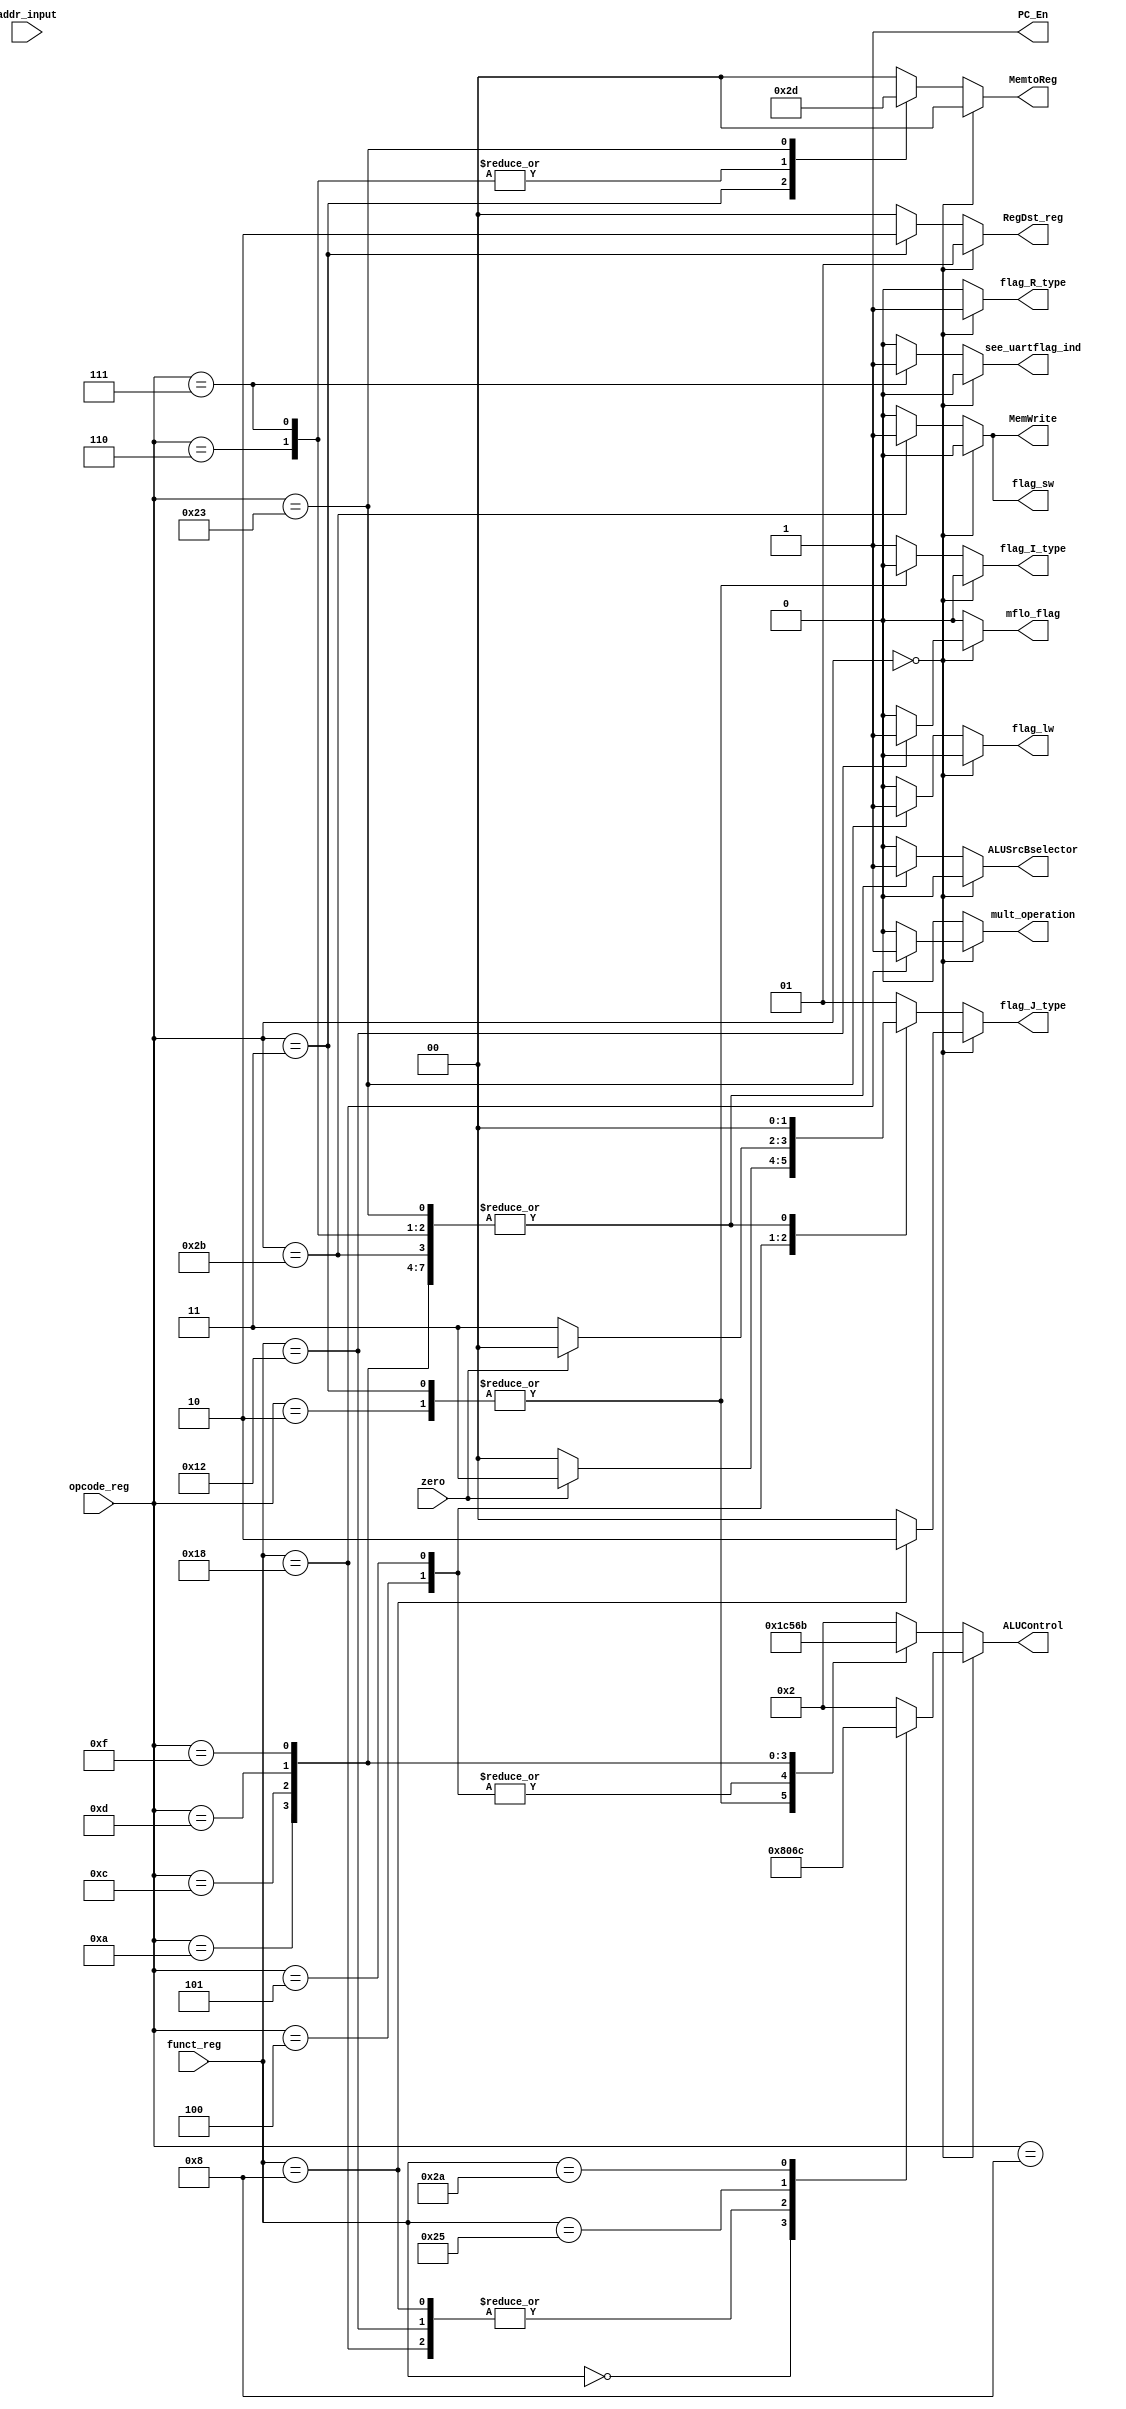
module decode_instruction
(
	/* input */
	input [5:0] opcode_reg,
	input [5:0] funct_reg,
	input [7:0] addr_input,
	input zero,
	/* output */
	output [1:0] RegDst_reg,	//1: R type, 0: I type
	output [3:0]ALUControl,
	output flag_sw,
	output flag_lw,
	output flag_R_type,				//R type =1
	output flag_I_type,				//I type =1
	output [1:0]flag_J_type,				//J type =1
	output ALUSrcBselector,		//allows to select the operand for getting srcB number
	output mult_operation,			//indicates if the multiplication operation was selected
	output mflo_flag,				//indicates mflo is requested
	output [1:0] MemtoReg,			//to select the source of the WriteData for Register file	
	output see_uartflag_ind,					//indicator to select Rx flag or Tx flag for the register file
	output MemWrite,
	/* output RegWrite, */
	output PC_En
	)				//to control the source data for srcA
;

reg ALUSrcBselector_reg;
reg mult_operation_reg;
reg mflo_flag_reg;
reg [1:0] destination_reg_indicator; 		//1: R type (rd), 0: I type (rt)
reg [3:0]ALUControl_reg;
reg flag_sw_reg;
reg flag_lw_reg;
reg flag_R_type_reg;
reg flag_I_type_reg;
reg [1:0]flag_J_type_reg;
reg MemWrite_reg;
/* reg RegWrite_reg; */
reg [1:0] writedata_indicator_reg;
reg see_uartflag_ind_reg;
/* reg PCWrite_reg; */
/* reg Branch_reg; */
/* reg selectPC_reg; */

/* wire Branch; */
/* wire PCWrite; */
//####################     Assignations   #######################

/* assign PCWrite = PCWrite_reg; */
/* assign Branch = Branch_reg;*/
assign RegDst_reg= destination_reg_indicator ;
assign ALUControl =ALUControl_reg;
assign flag_sw = flag_sw_reg ;
assign flag_lw = flag_lw_reg;
assign flag_R_type = flag_R_type_reg;
assign flag_I_type = flag_I_type_reg;
assign flag_J_type = flag_J_type_reg;
assign ALUSrcBselector= ALUSrcBselector_reg;
assign mult_operation = mult_operation_reg;
assign mflo_flag = mflo_flag_reg;
assign MemtoReg = writedata_indicator_reg;
assign see_uartflag_ind = see_uartflag_ind_reg;
/* assign selectPC_out = selectPC_reg; */
//assign selectPC_out = (addr_input ==7'd0 ) ? (1'b0) : (1'b1) ;
assign MemWrite = MemWrite_reg;		/* Signal to write to RAM memory */
//assign RegWrite = 1;			/* @TODO: Check if always activate the writing is ok*/
assign PC_En  = 1 ;    /* Signal for Program counter enable register */


always @(opcode_reg,funct_reg,zero) begin	

//Starts decoding 
	if(opcode_reg==6'd0)begin //is an R type instruction, destination_reg_indicator=1
		
		flag_R_type_reg = 1;	//Indicate that a R type instruction was detected
		flag_I_type_reg = 0;	//Not an I type instruction
		
		flag_lw_reg		=1'd0;
		writedata_indicator_reg = 2'd0;		//useful to save ALUout result into the register file
		see_uartflag_ind_reg = 0;			//select Rx flag

		flag_sw_reg		=1'b0;
		
		

		case(funct_reg)
			6'h0:  //sll
			begin
				destination_reg_indicator=1;	//destination will be rd
				ALUControl_reg<=4'd8;			//operation Shift to left				
				ALUSrcBselector_reg=1'd0;		//select RD2
				mult_operation_reg =0;			//indicates no mult operation
				mflo_flag_reg		<=0;			//mflo operation not selected;
				flag_J_type_reg = 0;	//Not a J type instruction
				MemWrite_reg    =0; /* not relevant */
			end
			6'h8: //jump register (jr)
			begin
				destination_reg_indicator=1;	//destination will be rd
				ALUControl_reg<=4'd0;			//operation to be defined
				ALUSrcBselector_reg=1'd0;		//select RD2
				mult_operation_reg =0;			//indicates no mult operation
				mflo_flag_reg		<=0;			//mflo operation not selected;
				flag_J_type_reg = 2;			// jr type instruction,send 2 to mux 4_1
				MemWrite_reg    =0; /* not relevant */
			end
			6'h12: //mflo
			begin
				destination_reg_indicator=1;	//destination will be rd
				ALUControl_reg		<=4'd0;			//operation multiplication
				ALUSrcBselector_reg	<=1'd0;			//select RD2
				mult_operation_reg 	<=0;			//indicates no mult operation
				mflo_flag_reg		<=1;			//mflo operation selected;
				flag_J_type_reg = 0;	//Not a J type instruction
				MemWrite_reg    =0; /* not relevant */
			end
			6'h18: //mult
			begin
				destination_reg_indicator=1;	//destination will be rd
				ALUControl_reg<=4'd0;			//operation multiplication
				ALUSrcBselector_reg=1'd0;		//select RD2
				mult_operation_reg =1;			//indicates mult operation
				mflo_flag_reg		<=0;			//mflo operation not selected;
				flag_J_type_reg = 0;	//Not a J type instruction
				MemWrite_reg    =0; /* not relevant */
			end
			6'h20: //add
			begin
				destination_reg_indicator=1;	//destination will be rd
				ALUControl_reg<=4'd2;			//operation OR				
				ALUSrcBselector_reg=1'd0;		//select RD2
				mult_operation_reg =0;			//indicates no mult operation
				mflo_flag_reg		<=0;			//mflo operation not selected;
				flag_J_type_reg = 0;	//Not a J type instruction
				MemWrite_reg    =0; /* not relevant */
			end
			6'h25: ///or
			begin
				destination_reg_indicator=1;	//destination will be rd
				ALUControl_reg<=4'd6;			//operation OR				
				ALUSrcBselector_reg=1'd0;		//select RD2
				mult_operation_reg =0;			//indicates no mult operation
				mflo_flag_reg		<=0;			//mflo operation not selected;
				flag_J_type_reg = 0;	//Not a J type instruction
				MemWrite_reg    =0; /* not relevant */
			end
			6'h2a:	//slt - 0x2A
			begin
			  	destination_reg_indicator=1;	//destination will be rd
				ALUControl_reg<=4'd12;			//operation slt
				/*@TODO: The operation subtract could be used, and the flag negative could be used to compare the values */
				ALUSrcBselector_reg=1'd0;			//select RD2
				mult_operation_reg =0;			//indicates no mult operation
				mflo_flag_reg		<=0;			//mflo operation not selected;
				flag_J_type_reg = 0;	//Not a J type instruction
				MemWrite_reg    =0; /* not relevant */
			end
			
			default:
			begin
				destination_reg_indicator=1;	//destination will be rd
				ALUControl_reg<=4'd2;			//operation add 				
				ALUSrcBselector_reg=1'd0;		//select RD2
				mult_operation_reg =0;			//indicates no mult operation
				mflo_flag_reg		<=0;			//mflo operation not selected;
				flag_J_type_reg = 0;	//Not a J type instruction
				MemWrite_reg    =0; /* not relevant */
			end
		endcase

	end else begin  //It is an I or J type instruction, destination_reg_indicator=0
		
		flag_R_type_reg = 0;	//Not a R type instruction 
		mult_operation_reg =0;
		mflo_flag_reg		=0;			//mflo operation not selected;

		case(opcode_reg)
			6'b000010: //Jump(j) - 0x02
			begin
			  	flag_I_type_reg = 0;	//Not an I type instruction
				flag_J_type_reg = 1;	//J type instruction
				flag_lw_reg=1'd0;		//not relevant
				writedata_indicator_reg = 2'd0;		//useful to save ALUout result into the register file
				see_uartflag_ind_reg = 0;			//select Rx flag

				flag_sw_reg=1'b0;		//not relevant
				destination_reg_indicator=0;	//not relevant
				ALUControl_reg<=4'd0;			//not relevant
				ALUSrcBselector_reg=1'd0;			//not relevant
				MemWrite_reg    =0; /* not relevant */
				
			end
			6'b000011: //Jump and link(jal)- 0x03
			begin
				flag_I_type_reg = 0;	//Not an I type instruction
				flag_J_type_reg = 1;	//J type instruction
				flag_lw_reg=1'd0;		//this will help to use a Mux for WD3 in register file to pass new jump address on JAL inst
				writedata_indicator_reg = 2'd2;		//this will help to use a Mux for WD3 in register file to pass new jump address on JAL inst
				see_uartflag_ind_reg = 0;			//select Rx flag

				flag_sw_reg=1'b0;		//not relevant
				destination_reg_indicator=2;	//Use the 3rd source: 5'd31 for $ra register
				ALUControl_reg<=4'd0;			//not relevant
				ALUSrcBselector_reg=1'd0;		//not relevant
				MemWrite_reg    =0; /* not relevant */
				
			end

			6'b000100: //beq - 0x04
			begin
				destination_reg_indicator=0;	//destination will be rt
				ALUControl_reg<=4'd1;			//operation subtract 				
				flag_lw_reg=1'd0;
				writedata_indicator_reg = 2'd0;		//useful to save ALUout result into the register file
				see_uartflag_ind_reg = 0;			//select Rx flag

				flag_sw_reg=1'b0;		
				ALUSrcBselector_reg=1'd0;	
				flag_I_type_reg = 1;	//Indicate it is I type instruction
				

				if(zero==1'b1)begin
				   flag_J_type_reg = 3;	//To select Branch_addr in "MUX_to_updatePC_withJump" mux
				end else begin
				   //if(zero==1'b0)
                     flag_J_type_reg = 0;	//Don't branch
				end
				MemWrite_reg    =0; /* not relevant */
				
			end 
			6'b000101: //bne - 0x05
			begin 
				/* Edit these values */
				destination_reg_indicator=0;	//destination will be rt
				ALUControl_reg<=4'd1;			//operation subtract 				
				flag_lw_reg=1'd0;
				writedata_indicator_reg = 2'd0;		//useful to save ALUout result into the register file
				see_uartflag_ind_reg = 0;			//select Rx flag

				flag_sw_reg=1'b0;		
				ALUSrcBselector_reg=1'd0;	
				flag_I_type_reg = 1;	//Indicate it is I type instruction
				if(zero==1'b0)begin
				   flag_J_type_reg = 3;	//To select Branch_addr in "MUX_to_updatePC_withJump" mux
				end else begin
                   flag_J_type_reg = 0;	//To select Branch_addr in "MUX_to_updatePC_withJump" mux
				end
				MemWrite_reg    =0; /* not relevant */
				
			end 
			6'b000110: //Uart_readFlag_rx  - 0x06
			begin 
				/* Edit these values */
				destination_reg_indicator=0;	//destination will be rt
				ALUControl_reg<=4'd2;			//operation add 				
				flag_lw_reg=1'd0;
				writedata_indicator_reg = 2'd3;		//useful to save Rx_flag into the register file
				see_uartflag_ind_reg = 0;			//select Rx flag
				flag_sw_reg=1'b0;		
				ALUSrcBselector_reg=1'd1;		//ALU SrcB select : immediate
				flag_I_type_reg = 1;	//Indicate it is I type instruction
				flag_J_type_reg = 0;	//Not a J type instruction
				MemWrite_reg    =0; /* not relevant */
				
			end
			6'b000111: //Uart_readFlag_tx  - 0x07
			begin 
				/* Edit these values */
				destination_reg_indicator=0;	//destination will be rt
				ALUControl_reg<=4'd2;			//operation add 				
				flag_lw_reg=1'd0;
				writedata_indicator_reg = 2'd3;		//useful to save Rx_flag into the register file
				see_uartflag_ind_reg = 1;			//select Rx flag
				flag_sw_reg=1'b0;		
				ALUSrcBselector_reg=1'd1;		//ALU SrcB select : immediate
				flag_I_type_reg = 1;	//Indicate it is I type instruction
				flag_J_type_reg = 0;	//Not a J type instruction
				MemWrite_reg    =0; /* not relevant */
				
			end 

			6'b001000: //addi - 0x08
			//Tengo que guardar estos datos en el register file
			begin
				destination_reg_indicator=0;	//destination will be rt
				ALUControl_reg<=4'd2;			//operation add 				
				ALUSrcBselector_reg=1'd1;			//ALU SrcB select : immediate
				flag_lw_reg=1'd0;
				writedata_indicator_reg = 2'd0;		//useful to save ALUout result into the register file
				see_uartflag_ind_reg = 0;			//select Rx flag

				flag_sw_reg=1'b0;
				flag_I_type_reg = 1;	//Indicate it is I type instruction
				flag_J_type_reg = 0;	//Not a J type instruction
				MemWrite_reg    =0; /* not relevant */
				
			end			
			6'b001010:	//slti - 0x0A
			begin
			  	destination_reg_indicator=0;	//destination will be rt
				ALUControl_reg<=4'd12;			//operation slti
				/*@TODO: The operation subtract could be used, and the flag negative could be used to compare the values */
				ALUSrcBselector_reg=1'd1;			//select immediate value
				flag_lw_reg=1'd0;
				writedata_indicator_reg = 2'd0;		//useful to save ALUout result into the register file
				see_uartflag_ind_reg = 0;			//select Rx flag

				flag_sw_reg=1'b0;
				flag_I_type_reg = 1;	//Indicate it is I type instruction
				flag_J_type_reg = 0;	//Not a J type instruction
				MemWrite_reg    =0; /* not relevant */
				
			end
			6'b001100: //andi - 0x0C
			begin
				destination_reg_indicator=0;	//destination will be rt
				ALUControl_reg<=4'd5;			//operation and 	
				ALUSrcBselector_reg=1'd1;			
				flag_lw_reg=1'd0;
				writedata_indicator_reg = 2'd0;		//useful to save ALUout result into the register file
				see_uartflag_ind_reg = 0;			//select Rx flag

				flag_sw_reg=1'b0;
				flag_I_type_reg = 1;	//Indicate it is I type instruction
				flag_J_type_reg = 0;	//Not a J type instruction
				MemWrite_reg    =0; /* not relevant */
				
			end
			6'b001101: //ori - 0x0D
			begin
				destination_reg_indicator=0;	//destination will be rt
				ALUControl_reg<=4'd6;			//operation or
				ALUSrcBselector_reg=1'd1;			
				flag_lw_reg=1'd0;
				writedata_indicator_reg = 2'd0;		//useful to save ALUout result into the register file
				see_uartflag_ind_reg = 0;			//select Rx flag

				flag_sw_reg=1'b0;
				flag_I_type_reg = 1;	//Indicate it is I type instruction
				flag_J_type_reg = 0;	//Not a J type instruction
				MemWrite_reg    =0; /* not relevant */
				
			end
			6'b001111:	//lui - 0x0F
			begin
				destination_reg_indicator=0;	//destination will be rt
				ALUControl_reg<=4'b1011;			//shift <<16 operation
				//create a flag so we can pass to write back 
				flag_lw_reg=1'd0;
				writedata_indicator_reg = 2'd0;		//useful to save ALUout result into the register file
				see_uartflag_ind_reg = 0;			//select Rx flag

				flag_sw_reg=1'b0;	
				ALUSrcBselector_reg=1'd1;	
				flag_I_type_reg = 1;	//Indicate it is I type instruction
				flag_J_type_reg = 0;	//Not a J type instruction
				MemWrite_reg    =0; /* not relevant */
				
			end
			6'b100011: /* lw	- 0x23 */
			begin
				destination_reg_indicator=0;	//destination will be rt
				ALUControl_reg<=4'd2;			//
				flag_lw_reg=1'd1;	/* @TODO: modify this to be writedata_indicator */
				writedata_indicator_reg = 2'd1;		//useful to save ALUout result into the register file
				see_uartflag_ind_reg = 0;			//select Rx flag

				flag_sw_reg=1'b0;		
				ALUSrcBselector_reg=1'd1;		
				flag_I_type_reg = 1;	//Indicate it is I type instruction
				flag_J_type_reg = 0;	//Not a J type instruction
				MemWrite_reg    =0; /* not relevant */
				
			end
			6'b101011: //sw - 0x2B
			begin
				destination_reg_indicator=0;	//destination will be rt
				ALUControl_reg<=4'd2;			//operation add 				
				//create a flag so we can pass to write back 
				flag_lw_reg=1'd0;
				writedata_indicator_reg = 2'd0;		//useful to save ALUout result into the register file
				see_uartflag_ind_reg = 0;			//select Rx flag

				flag_sw_reg=1'b1;	
				ALUSrcBselector_reg=1'd1;	
				flag_I_type_reg = 1;	//Indicate it is I type instruction
				flag_J_type_reg = 0;	//Not a J type instruction
				MemWrite_reg =1;		/* Write enable for the memory (on RAM), 1=enable, 0= disabled*/
			end
			

			default:
			begin
				ALUControl_reg<=4'd2;//operation add  /**** CHECK **/
				destination_reg_indicator=0;//destination will be rt
				flag_lw_reg=1'd0;
				writedata_indicator_reg = 2'd0;		//useful to save ALUout result into the register file
				see_uartflag_ind_reg = 0;			//select Rx flag

				flag_sw_reg=1'b0;	
				ALUSrcBselector_reg=1'd0;
				flag_I_type_reg = 1;	//Indicate it is I type instruction
				flag_J_type_reg = 1;	//Not a J type instruction
				MemWrite_reg    =0; /* not relevant */
			end
		endcase 
	end 
end



endmodule